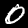
Digit: 0